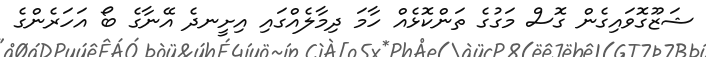
ޝަޒޫގޮވައިގެން ގޮސް މަގުގެ ތަންކޮޅެއް ހާމަ ދިމާލެއްގައި އިށީނދެ އޭނާގެ ބޯ އަހަރެންގެ